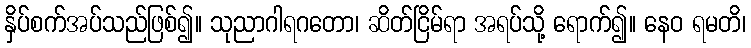
နှိပ်စက်အပ်သည်ဖြစ်၍။ သုညာဂါရဂတော၊ ဆိတ်ငြိမ်ရာ အရပ်သို့ ရောက်၍။ နေဝ ရမတိ၊